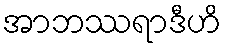
အာဘဿရာဒီဟိ